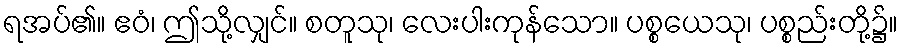
ရအပ်၏။ ဧဝံ၊ ဤသို့လျှင်။ စတူသု၊ လေးပါးကုန်သော။ ပစ္စယေသု၊ ပစ္စည်းတို့၌။